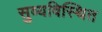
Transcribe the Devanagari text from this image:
सुव्यविस्थित